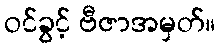
ဝင်ခွင့် ဗီဇာအမှတ်။